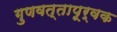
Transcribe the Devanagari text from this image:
गुणवत्तापूर्वक